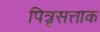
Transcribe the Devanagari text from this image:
पित्रृसत्ताक